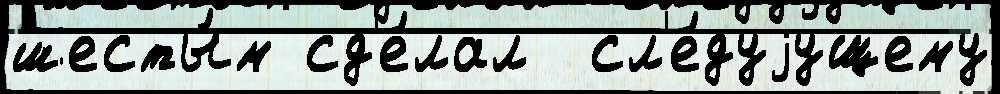
шесты́м сд'е́лал  сл'е́дуjущему